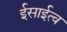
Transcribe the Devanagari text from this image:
ईसाईत्व